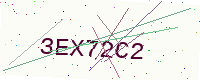
Text: 3EX72C2